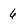
Character: 6